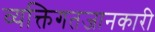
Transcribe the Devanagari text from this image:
व्यक्तिगतजानकारी